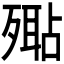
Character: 𣩚